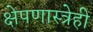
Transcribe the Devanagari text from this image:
क्षेपणास्त्रेही